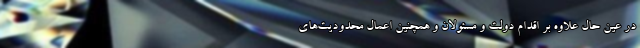
در عین حال علاوه بر اقدام دولت و مسئولان و همچنین اعمال محدودیت‌های